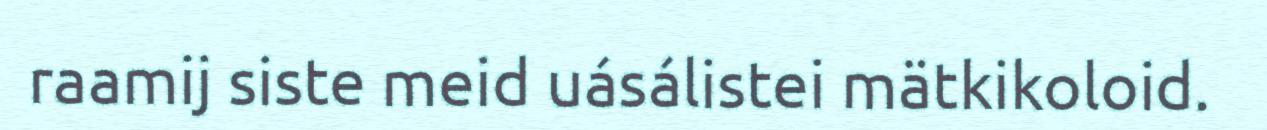
raamij siste meid uásálistei mätkikoloid.